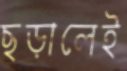
ছড়ালেই